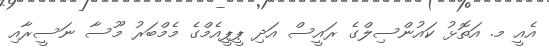
އެއީ މ. އަތޮޅު ކައުންސިލްގެ ރައީސް އަދި ޕީޕީއެމްގެ މެމްބަރު މޫސާ ނަސީރާއި